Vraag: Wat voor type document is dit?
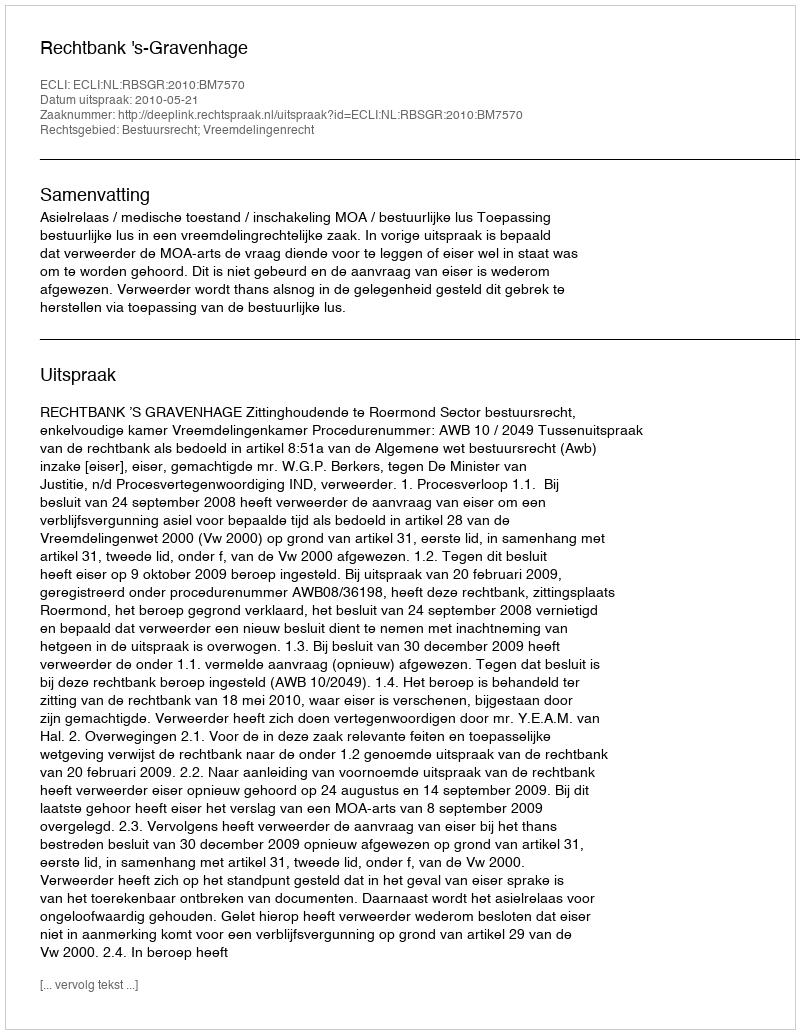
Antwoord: Uitspraak